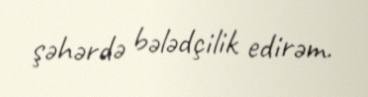
şəhərdə bələdçilik edirəm.